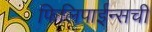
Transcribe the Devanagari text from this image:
फिलिपाईन्सची